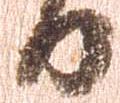
日